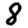
Digit: 8